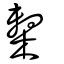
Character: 檕